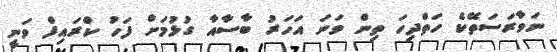
ނަވާރަސަތޭކެ ހަތްދިހަ ތިން ވަނަ އަހަރު ބާސާއާ ގުޅުމަށް ފަހު ކްރައިފް ވަނީ